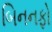
બિનનફો